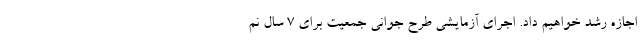
اجازه رشد خواهیم داد. اجرای آزمایشی طرح جوانی جمعیت برای ۷ سال نم